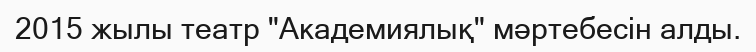
2015 жылы театр "Академиялық" мәртебесін алды.